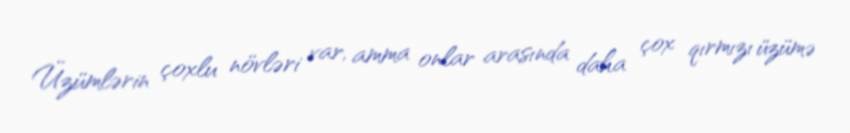
Üzümlərin çoxlu növləri var, amma onlar arasında daha çox qırmızı üzümə